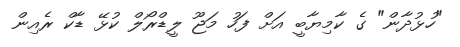
"ހުޅުދާން" ގެ ކާމިޔާބީ އަށް ފަހު މަޖޫ ލީޑްރޯލް ކުޅޭ ޑާކް ރެއިން